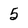
Character: 5